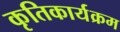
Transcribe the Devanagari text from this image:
कृतिकार्यक्रम